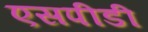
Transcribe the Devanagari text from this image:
एसपीडी